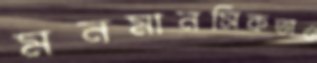
মনমানসিকতাও